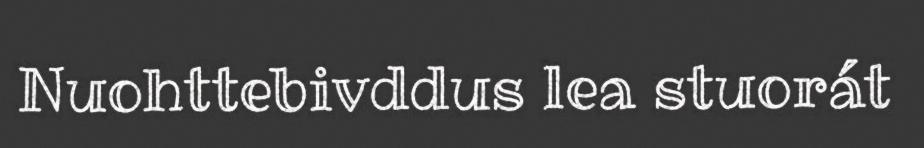
Nuohttebivddus lea stuorát